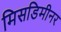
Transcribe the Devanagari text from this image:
मिसडिमीनर